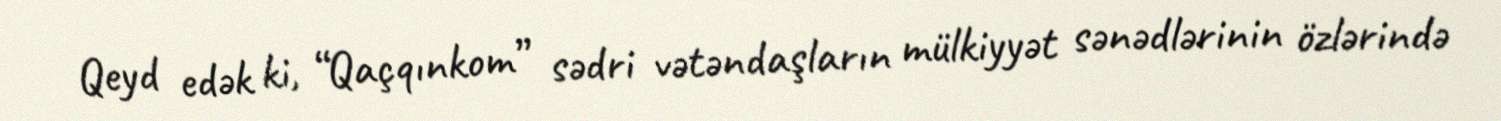
Qeyd edək ki, “Qaçqınkom” sədri vətəndaşların mülkiyyət sənədlərinin özlərində